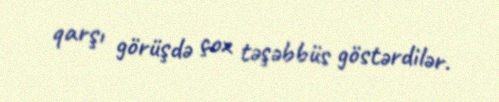
qarşı görüşdə çox təşəbbüs göstərdilər.